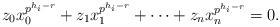
LaTeX: \begin{align*}z_0x_0^{p^{h_i-r}}+z_1x_1^{p^{h_i-r}}+\cdots+z_nx_n^{p^{h_i-r}}=0. \end{align*}